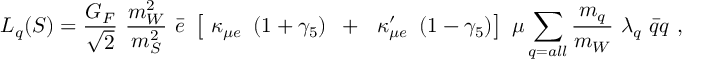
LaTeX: { \cal L } _ { q } ( S ) = \frac { G _ { F } } { \sqrt 2 } ~ \frac { m _ { W } ^ { 2 } } { m _ { S } ^ { 2 } } ~ \bar { e } ~ \left[ ~ \kappa _ { \mu e } ~ \left( 1 + \gamma _ { 5 } \right) ~ + ~ ~ \kappa _ { \mu e } ^ { \prime } ~ \left( 1 - \gamma _ { 5 } \right) \right] ~ \mu \sum _ { \scriptstyle q = a l l } \frac { m _ { q } } { m _ { W } } ~ \lambda _ { q } ~ \bar { q } q \ ,